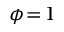
\phi \! = \! 1